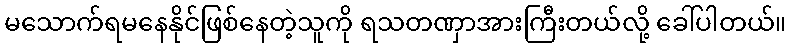
မသောက်ရမနေနိုင်ဖြစ်နေတဲ့သူကို ရသတဏှာအားကြီးတယ်လို့ ခေါ်ပါတယ်။